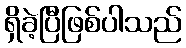
ရှိခဲ့ပြီဖြစ်ပါသည်